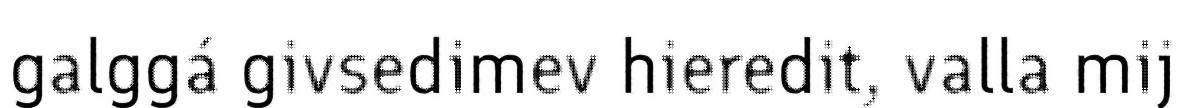
galggá givsedimev hieredit, valla mij